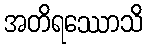
အတိရဿောသိ